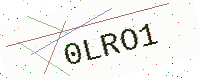
Text: 0LRO1